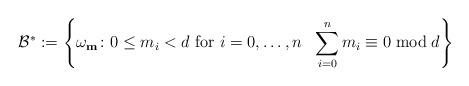
LaTeX: \begin{gather*}\mathcal{B}^*:=\left \{\omega_{\mathbf{m}} \colon 0\leq m_i<d \mbox{ for } i=0,\dots, n \ \ \sum_{i=0}^n m_i\equiv 0 \bmod d\right\}\end{gather*}